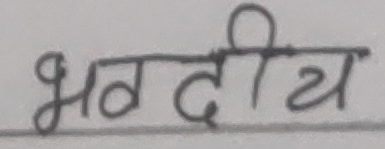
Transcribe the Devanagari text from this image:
भवदीय